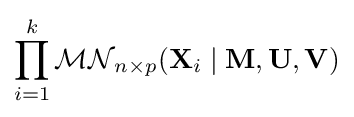
\prod _{i=1}^{k}{\mathcal {MN}}_{n\times p}(\mathbf {X} _{i}\mid \mathbf {M} ,\mathbf {U} ,\mathbf {V} )